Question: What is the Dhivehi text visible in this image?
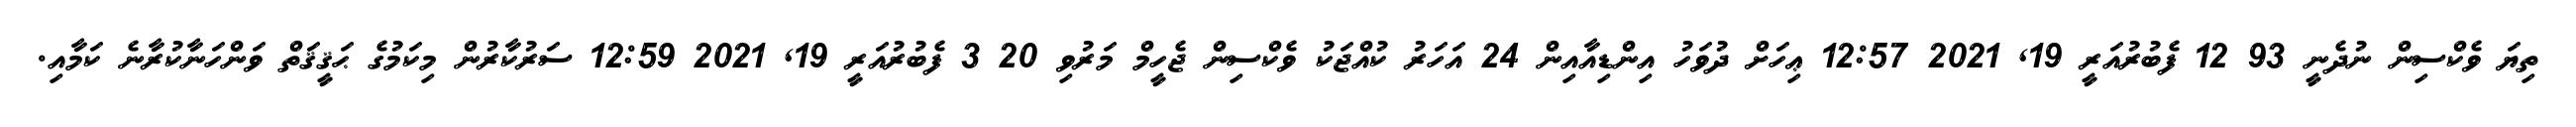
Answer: ތިޔަ ވެކްސިން ނުދެނީ 93 12 ފެބުރުއަރީ 19, 2021 12:57 ޢިހަށް ދުވަހު އިންޑިއާއިން 24 އަހަރު ކުއްޖަކު ވެކްސިން ޖެހީމް މަރުވި 20 3 ފެބުރުއަރީ 19, 2021 12:59 ސަރުކާރުން މިކަމުގެ ޙަޤީޤަތް ވަންހަނާކުރާނެ ކަމާއި.